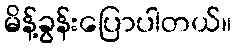
မိန့်ခွန်းပြောပါတယ်။